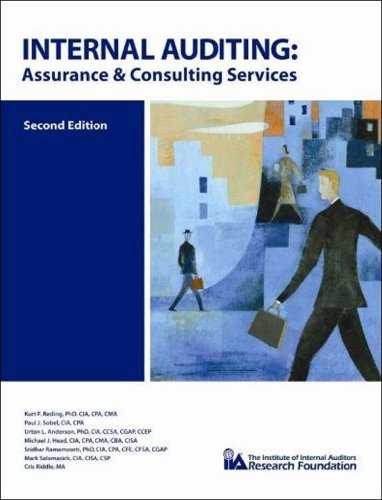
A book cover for Internal Auditing: Assurance and Consulting Services, 2nd Edition; Kurt F. Reding PhD CIA CPA CMA; Business & Money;